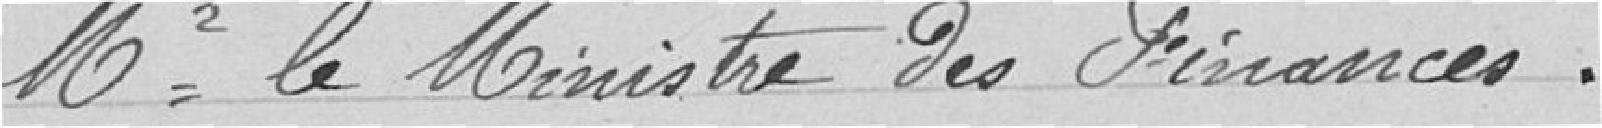
M. le Ministre des finances.